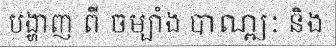
បង្ហាញ ពី ចម្បាំង បាណ្ឍៈ និង